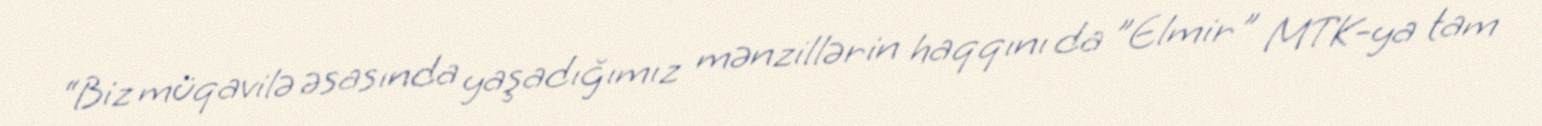
“Biz müqavilə əsasında yaşadığımız mənzillərin haqqını da ”Elmir" MTK-ya tam